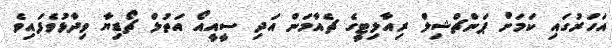
އަހަރުގައި ކަމަށް ޕަންޗްޝިލް ރިއާލިޓީގެ ޗެއާމަން އަދި ސީއީއޯ އަތުލް ޗޯޑިޔާ ވިދާޅުވެފައިވެ